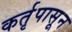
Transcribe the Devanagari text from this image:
कर्तृपासून